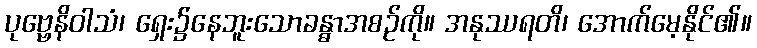
ပုဗ္ဗေနိဝါသံ၊ ရှေး၌နေဘူးသောခန္ဓာအစဉ်ကို။ အနုဿရတိ၊ အောက်မေ့နိုင်၏။